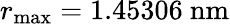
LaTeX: r_{\operatorname*{max}}=1.45306~\mathrm{nm}